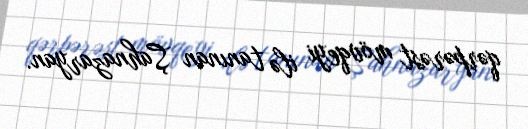
qərpərəst mövqeyi ilə tanınan Şahnazaryan.